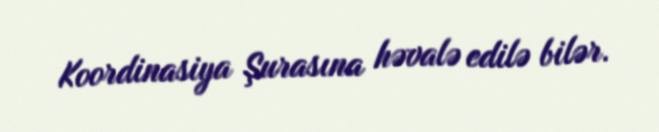
Koordinasiya Şurasına həvalə edilə bilər.